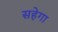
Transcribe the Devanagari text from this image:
सहेगा